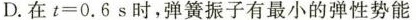
D.在$$t = 0 . 6 s$$时，弹簧振子有最小的弹性势能